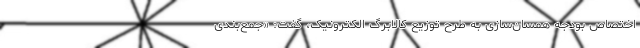
اختصاص بودجه همسان‌سازی به طرح توزیع کالابرگ الکترونیک، گفت: «جمع‌بندی